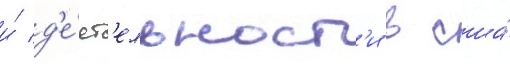
и́ д'е́ят'ельност'и в сша́